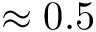
\approx 0 . 5